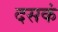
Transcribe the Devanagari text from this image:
दसकं